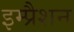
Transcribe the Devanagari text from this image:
इम्प्रैशन